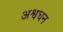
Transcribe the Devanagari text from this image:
अश्वधन